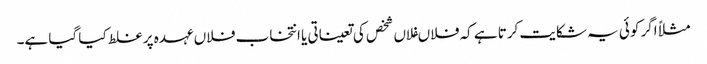
مثلاً اگر کوئی یہ شکایت کرتا ہے کہ فلاںفلاں شخص کی تعیناتی یا انتخاب فلاں عہدہ پر غلط کیا گیا ہے۔